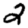
Digit: 2